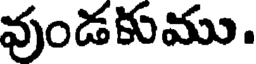
వుండకుము.